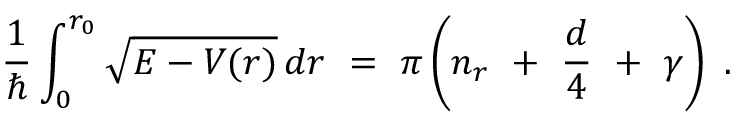
\frac { 1 } { \hbar } \int _ { 0 } ^ { r _ { 0 } } \sqrt { E - V ( r ) } \, d r \ = \ \pi \left( n _ { r } \ + \ \frac { d } { 4 } \ + \ \gamma \right) \ .